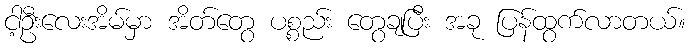
ငါ့ဦးလေးအိမ်မှာ အိတ်တွေ ပစ္စည်း တွေချပြီး အခု ပြန်ထွက်လာတယ်။